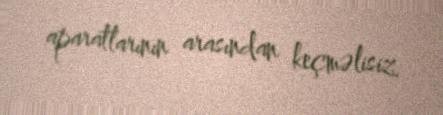
aparatlarının arasından keçməlisiz.